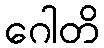
ဂေါတိ